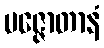
ပဇ္ဇောတာနံ